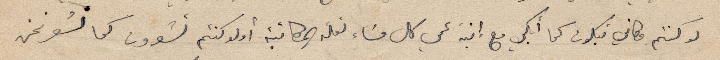
لو كنتم مكاني تبكون كما أبكي مع إبنة عمي كل مسَاء لقلة المكاتبة أو لو كنتم تشعرون كما نشعر نحن